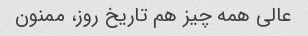
عالی همه چیز هم تاریخ روز، ممنون